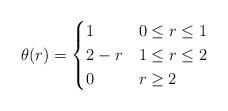
LaTeX: \begin{align*} \theta (r)= \begin{cases} 1 & 0\le r\le 1 \\2-r & 1\le r\le 2 \\0 & r\ge 2\end{cases} \end{align*}